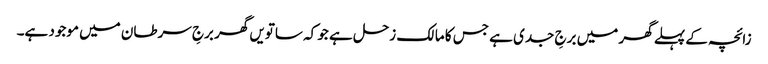
زائچہ کے پہلے گھر میں برجِ جدی ہے جس کا مالک زحل ہے جو کہ ساتویں گھر برجِ سرطان میں موجود ہے۔